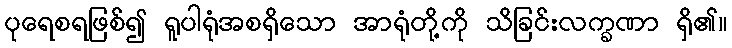
ပုရေစရဖြစ်၍ ရူပါရုံအစရှိသော အာရုံတို့ကို သိခြင်းလက္ခဏာ ရှိ၏။